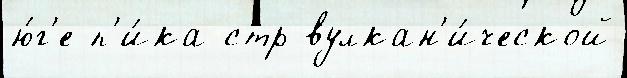
ю́г'е п'и́ка стр вулкан'и́ческой